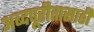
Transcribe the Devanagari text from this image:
अब्दपूरीतासाठी